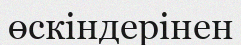
өскіндерінен